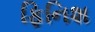
ફિનિશ